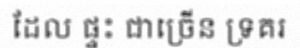
ដែល ផ្ទះ ជាច្រើន ទ្រគរ